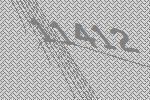
11412